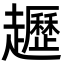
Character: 䟐